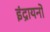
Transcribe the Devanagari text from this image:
इंद्रायनों